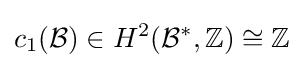
c_{1}({\mathcal {B}})\in H^{2}({\mathcal {B}}^{*},\mathbb {Z} )\cong \mathbb {Z}